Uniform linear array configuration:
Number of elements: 4
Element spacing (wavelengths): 0.25
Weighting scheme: hann
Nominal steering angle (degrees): -45
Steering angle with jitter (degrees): -45.97
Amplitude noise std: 0.05
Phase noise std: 0.05

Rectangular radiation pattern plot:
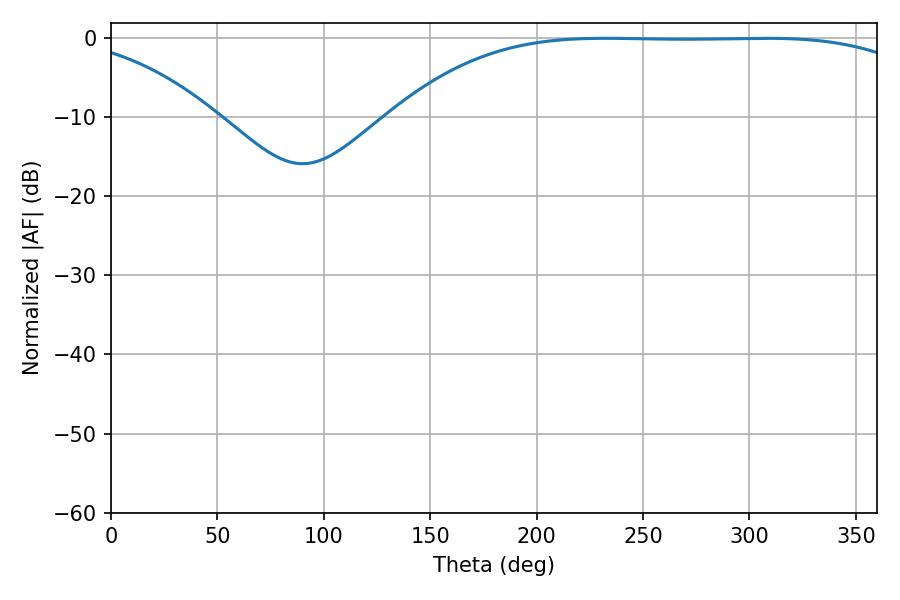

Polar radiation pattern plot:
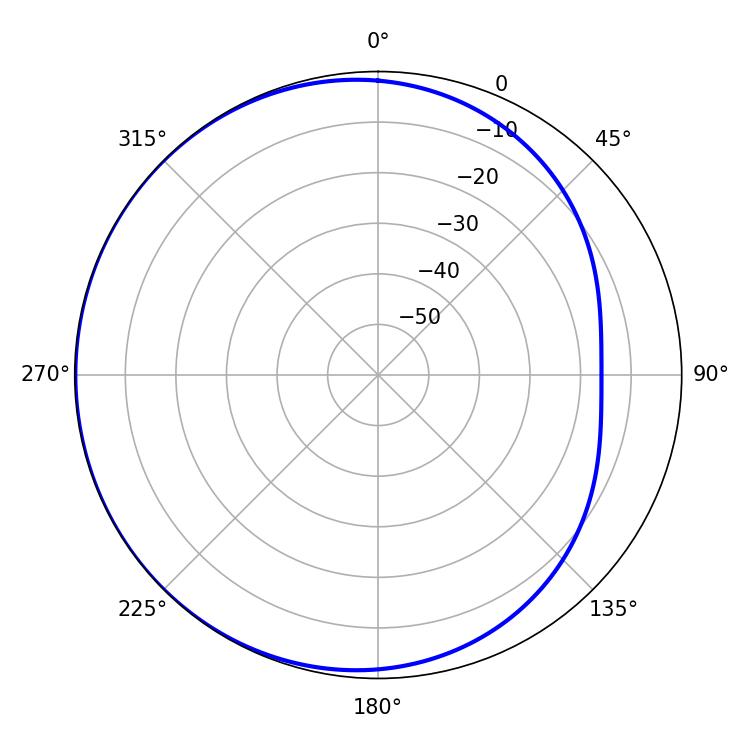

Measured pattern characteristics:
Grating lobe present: FALSE
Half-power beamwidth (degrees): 191.88
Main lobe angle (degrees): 232.56